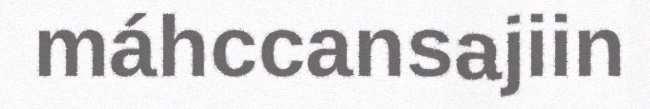
máhccansajiin